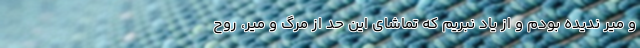
و میر ندیده بودم و از یاد نبریم که تماشای این حد از مرگ و میر، روح